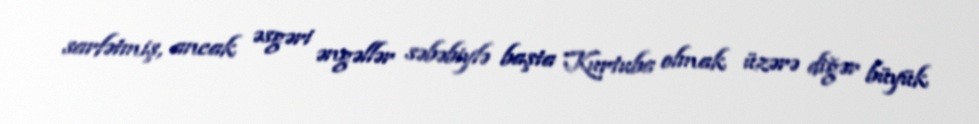
sarfətmiş, ancak əsgəri əngəllər səbəbiylə başta Kurtuba olmak üzərə diğər büyük